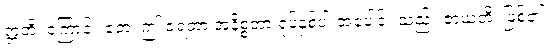
ဣတိ၊ ကြောင့်။ ဧတံ၊ ဤ ဇရတာ အနိစ္စတာ ရုပ်နှစ်ပါးအပေါင်း သည်။ ဇာယတိ၊ ဖြစ်၏။